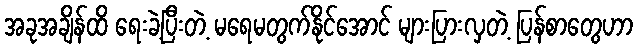
အခုအချိန်ထိ ရေးခဲ့ပြီးတဲ့ မရေမတွက်နိုင်အောင် များပြားလှတဲ့ ပြန်စာတွေဟာ